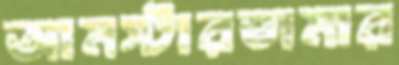
আমস্টারডামার